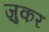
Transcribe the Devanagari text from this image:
ज़ुकर